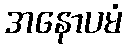
အနောပမံ